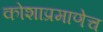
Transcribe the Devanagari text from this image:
कोशाप्रमाणेच